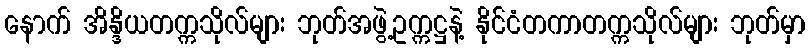
နောက် အိန္ဒိယတက္ကသိုလ်များ ဘုတ်အဖွဲ့ဥက္ကဋ္ဌနဲ့ နိုင်ငံတကာတက္ကသိုလ်များ ဘုတ်မှာ